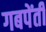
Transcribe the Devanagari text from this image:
गबपेंतीं